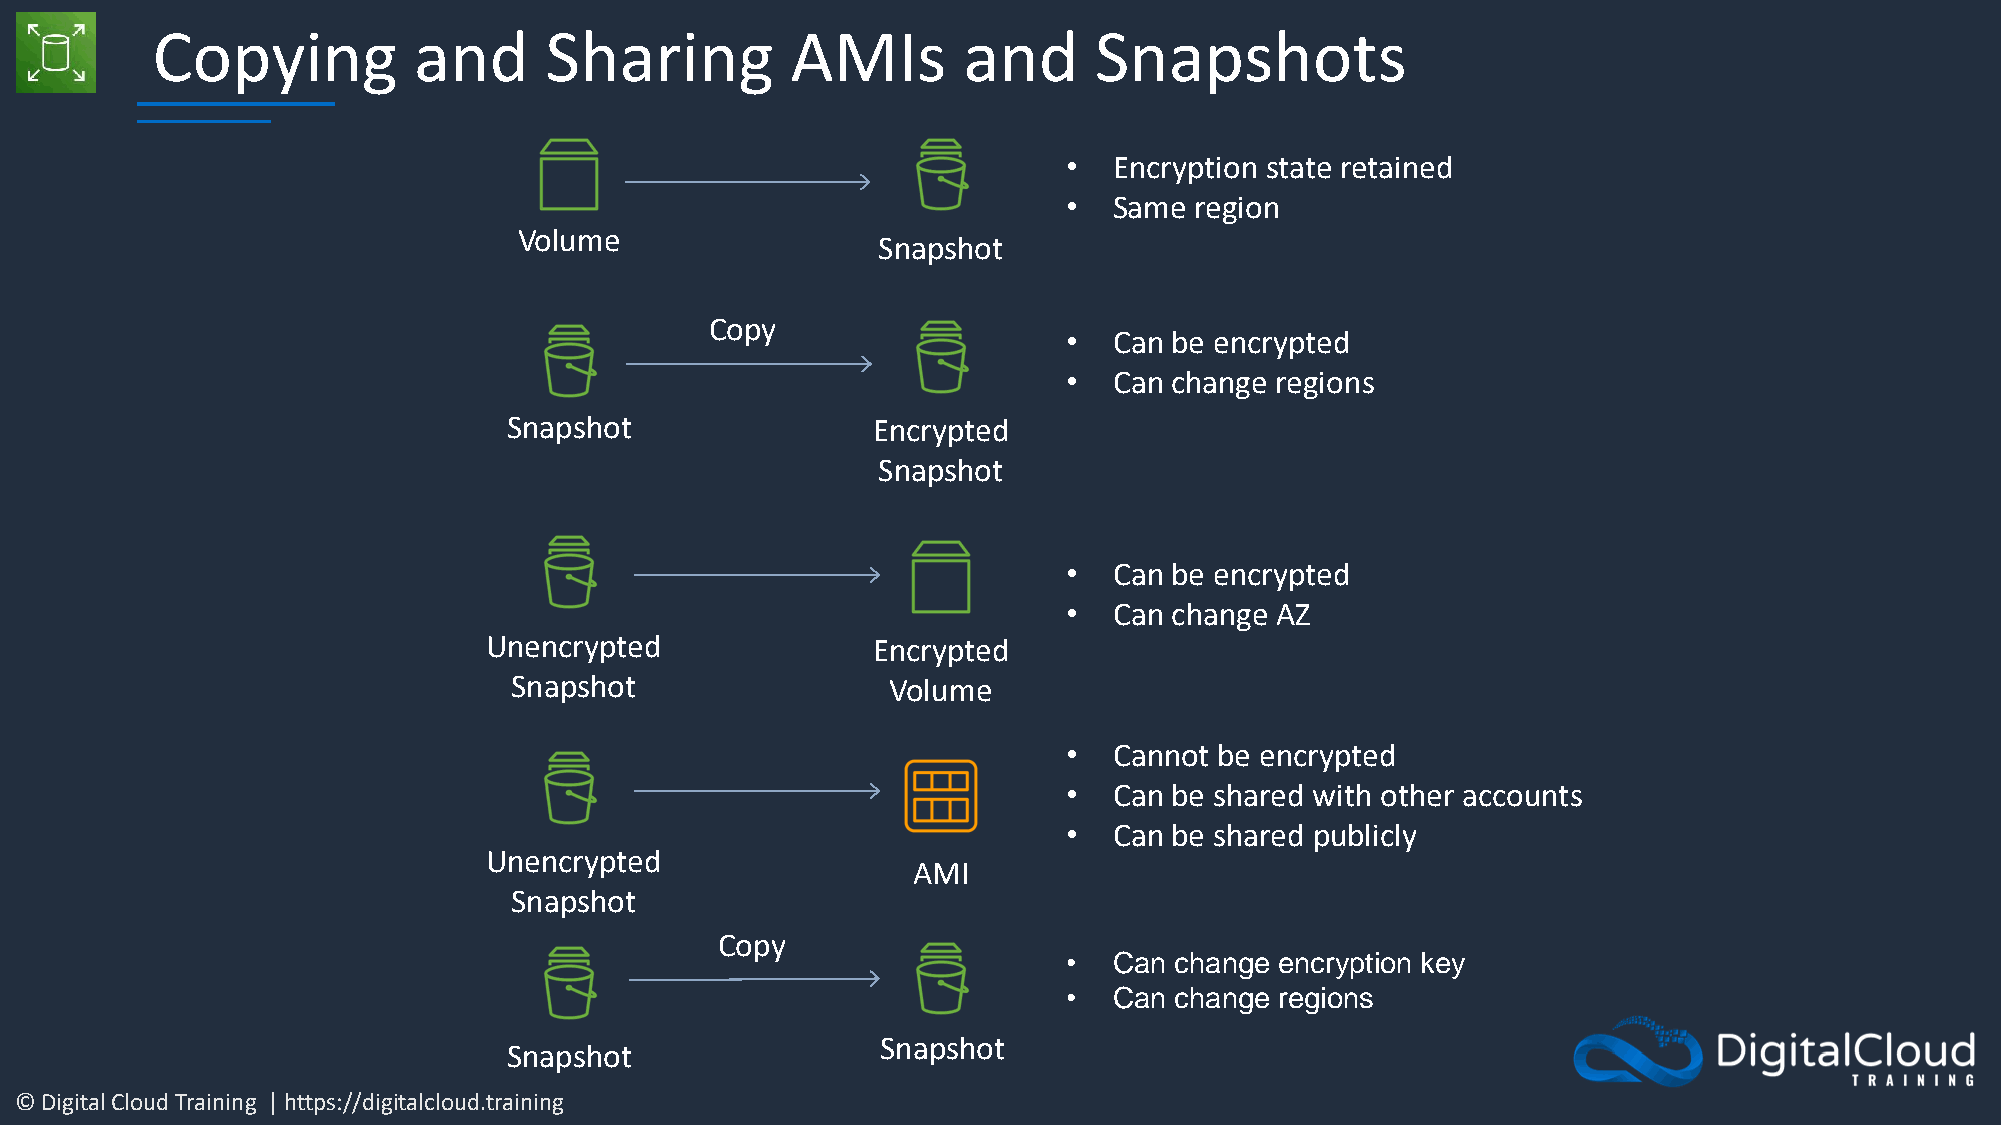
Copying          and      Sharing         AMIs        and     Snapshots
 •  Encryption state retained
 •  Same region
 Volume
 Snapshot
 Copy
 •  Can be encrypted
 •  Can change regions
 Snapshot                Encrypted
 Snapshot
 •  Can be encrypted
 •  Can change AZ
 Unencrypted               Encrypted
 Snapshot                 Volume
 •  Cannot be encrypted
 •  Can be shared with other accounts
 •  Can be shared publicly
 Unencrypted
 AMI
 Snapshot
 Copy
 •  Can change encryption key
 •  Can change regions
 Snapshot
 Snapshot
 © Digital Cloud Training | https://digitalcloud.training